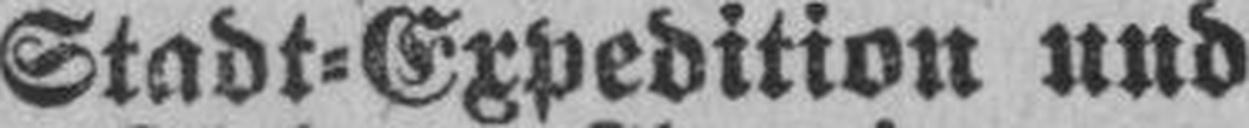
Stadt=Expedition und